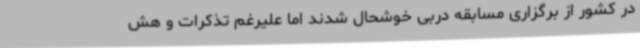
در کشور از برگزاری مسابقه دربی خوشحال شدند اما علیرغم تذکرات و هش